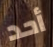
أحد